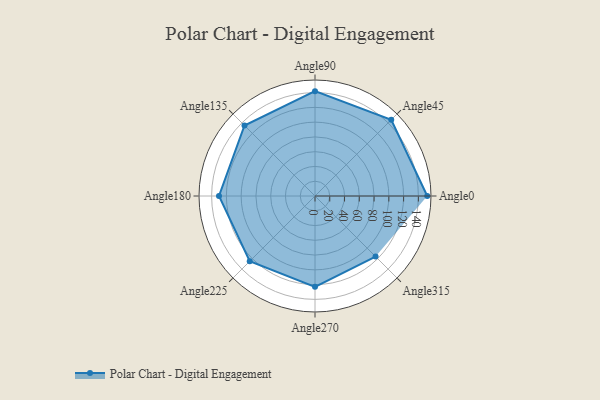
{"axis": {"x": "Angle", "y": "Radius"}, "legend": [""], "data": [{"x": "Angle0", "y": 152.0, "type": ""}, {"x": "Angle45", "y": 146.0, "type": ""}, {"x": "Angle90", "y": 142.0, "type": ""}, {"x": "Angle135", "y": 135.0, "type": ""}, {"x": "Angle180", "y": 130.0, "type": ""}, {"x": "Angle225", "y": 125.0, "type": ""}, {"x": "Angle270", "y": 123.0, "type": ""}, {"x": "Angle315", "y": 116.0, "type": ""}]}